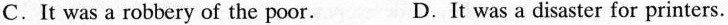
C.It was a robbery of the poor. D.It was a disaster for printers.